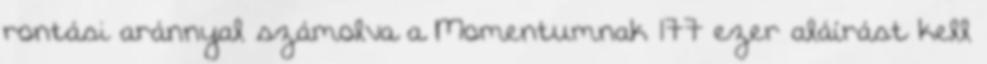
rontási aránnyal számolva a Momentumnak 177 ezer aláírást kell